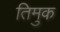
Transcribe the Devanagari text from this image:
तिमुक